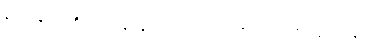
နမ်းသနည်း။ ဇိဝှာယ၊ လျှာဖြင့်။ ရသံ၊ အရသာကို။ သာယတိ၊ လျက်သနည်း။